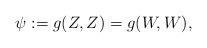
LaTeX: \begin{align*} \psi := g(Z,Z) = g(W,W),\end{align*}